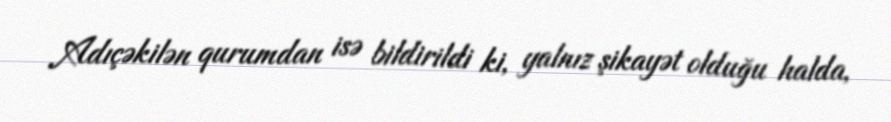
Adıçəkilən qurumdan isə bildirildi ki, yalnız şikayət olduğu halda,